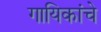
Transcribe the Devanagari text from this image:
गायिकांचे